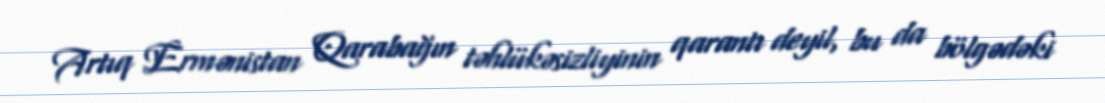
Artıq Ermənistan Qarabağın təhlükəsizliyinin qarantı deyil, bu da bölgədəki